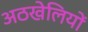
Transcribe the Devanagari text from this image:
अठखेलियों